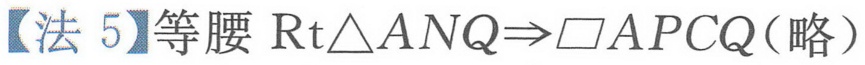
【法 5】等腰\(\text{Rt}\triangle ANQ\Rightarrow\square APCQ\)（略）